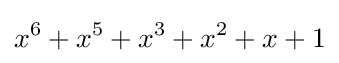
x^{6}+x^{5}+x^{3}+x^{2}+x+1